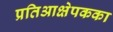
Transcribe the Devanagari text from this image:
प्रतिआक्षेपकका